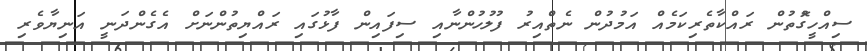
ސިއްހީގޮުތުން ރައްކާތެރިކަމެއް އަމުދުން ނެތްެއިރު ފުލުހުންނާއި ސިފައިން ފާޅުގައި ރައްޔިތުންނަށް އެގެންދަނީ އަނިޔާވެރި